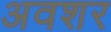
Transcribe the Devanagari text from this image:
अवशर